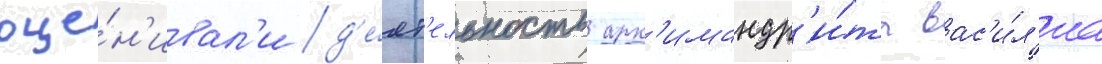
оце́н'ивал'и д'е́ят'ельность арх'имандр'и́та вас'и́л'иа